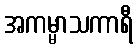
အကမ္မာသကာရီ